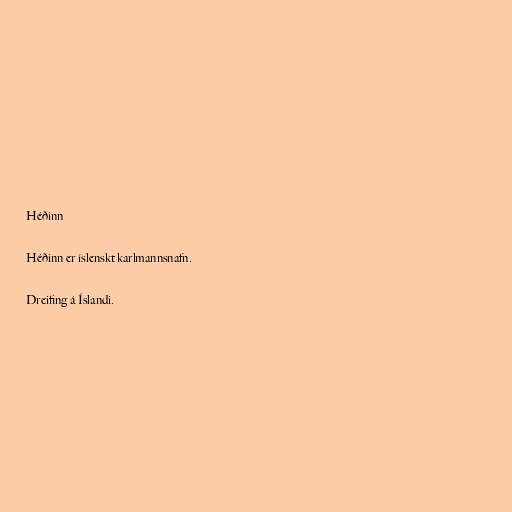
Héðinn

Héðinn er íslenskt karlmannsnafn.

Dreifing á Íslandi.